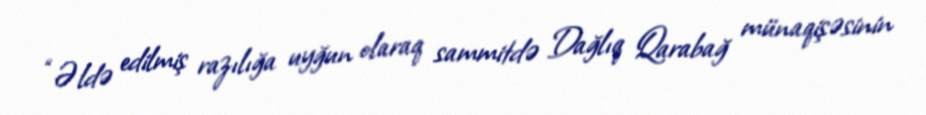
“Əldə edilmiş razılığa uyğun olaraq sammitdə Dağlıq Qarabağ münaqişəsinin